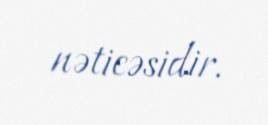
nəticəsidir.